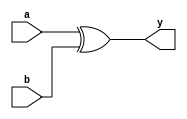
module gf_add(a, b, y);

parameter m = 255;
parameter SIZE = $clog2(m);

input [SIZE-1:0] a, b;
output [SIZE-1:0] y;

assign y = a ^ b;

endmodule